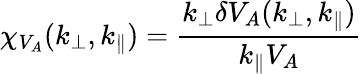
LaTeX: \chi_{V_{A}}(k_{\perp},k_{\parallel})=\frac{k_{\perp}\delta V_{A}(k_{\perp},k_{\parallel})}{k_{\parallel}V_{A}}